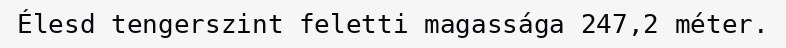
Élesd tengerszint feletti magassága 247,2 méter.